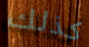
كذلك